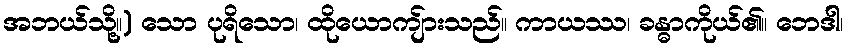
အဘယ်သို့။) သော ပုရိသော၊ ထိုယောကျ်ားသည်။ ကာယဿ၊ ခန္ဓာကိုယ်၏။ ဘေဒါ၊